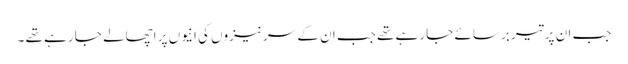
جب ان پر تیر برسائے جا رہے تھے جب ان کے سر نیزوں کی انیوں پر اچھالے جا رہے تھے ۔